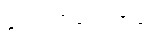
ခဏကြာသောအခါ